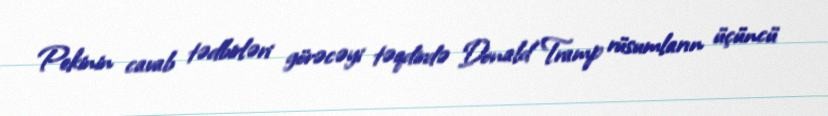
Pekinin cavab tədbirləri görəcəyi təqdirdə Donald Tramp rüsumların üçüncü